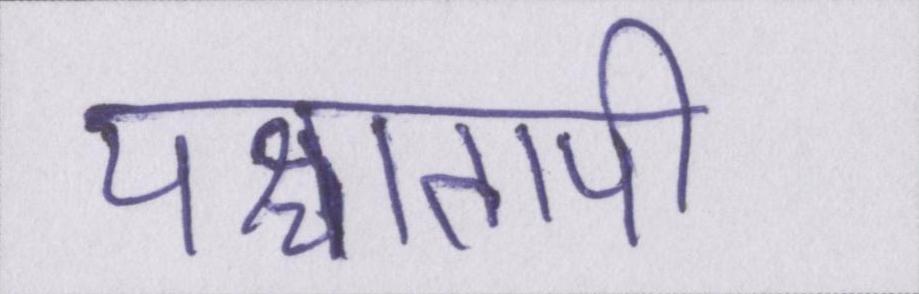
पश्चातापी